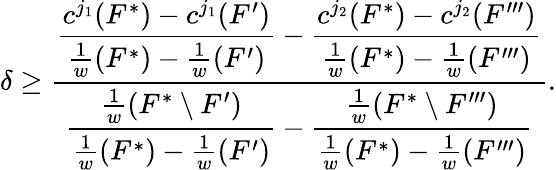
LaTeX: \delta\ge\frac{\displaystyle\frac{c^{j_{1}}(F^{*})-c^{j_{1}}(F^{\prime})}{\frac{1}{w}(F^{*})-\frac{1}{w}(F^{\prime})}-\frac{c^{j_{2}}(F^{*})-c^{j_{2}}(F^{\prime\prime\prime})}{\frac{1}{w}(F^{*})-\frac{1}{w}(F^{\prime\prime\prime})}}{\displaystyle\frac{\frac{1}{w}(F^{*}\setminus F^{\prime})}{\frac{1}{w}(F^{*})-\frac{1}{w}(F^{\prime})}-\frac{\frac{1}{w}(F^{*}\setminus F^{\prime\prime\prime})}{\frac{1}{w}(F^{*})-\frac{1}{w}(F^{\prime\prime\prime})}}.